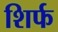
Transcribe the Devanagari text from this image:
शिर्फ